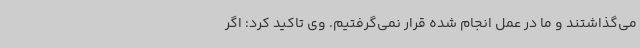
می‌گذاشتند و ما در عمل انجام شده قرار نمی‌گرفتیم. وی تاکید کرد: اگر